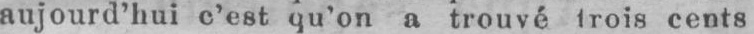
aujourd’hui c’est qu’on a trouvé trois cents